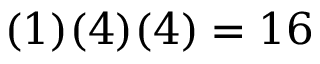
( 1 ) ( 4 ) ( 4 ) = 1 6